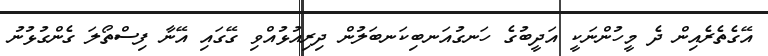
އޭގެތެރެއިން ދެ މީހުންނަކީ އަދީބުގެ ހަނގުއަނބިކަނބަލުން ދިރިއުޅުއްވި ގޭގައި އޭނާ ފިސްތޯލަ ގެންގުޅުނު